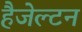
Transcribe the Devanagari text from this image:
हैजेल्टन